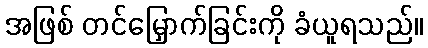
အဖြစ် တင်မြှောက်ခြင်းကို ခံယူရသည်။